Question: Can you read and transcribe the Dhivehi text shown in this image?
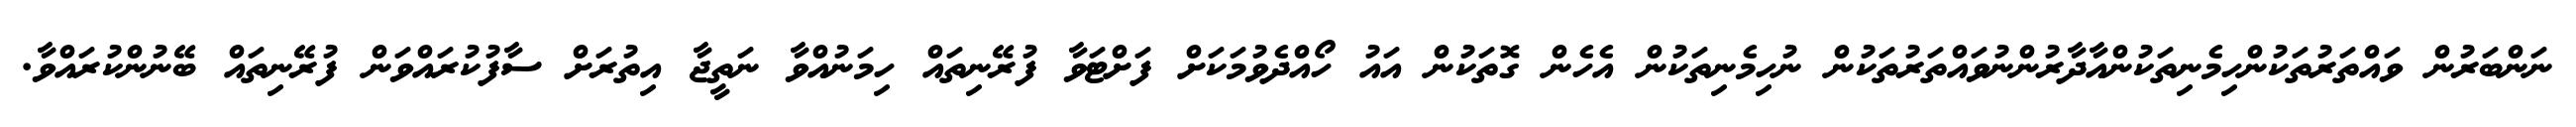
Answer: ނަންބަރުން ވައްތަރުތަކުންހިމެނިތަކުންއާދާރުންނުވައްތަރުތަކުން ނުހިމެނިތަކުން އެހެން ގޮތަކުން އައު ހޯއްދެވުމަކަށް ފަށްޓަވާ ފުރޭނިތައް ހިމަނުއްވާ ނަތީޖާ އިތުރަށް ސާފުކުރައްވަން ފުރޭނިތައް ބޭނުންކުރައްވާ.